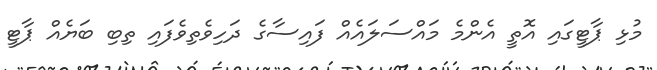
މުޅި ޕާޓީގައި އޮތީ އެންމެ މައްސަލައެއް ފައިސާގެ ދަހިވެތިވެފައި ތިބި ބަޔެއް ޕާޓީ